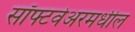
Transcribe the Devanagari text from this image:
सॉफ्टवेअरमधील